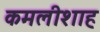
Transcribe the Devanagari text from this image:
कमलीशाह